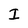
Character: I